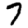
Digit: 7